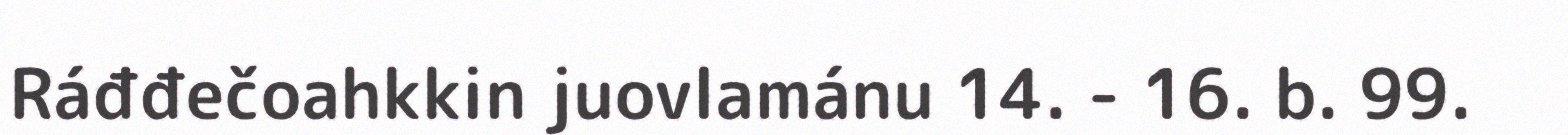
Ráđđečoahkkin juovlamánu 14. - 16. b. 99.